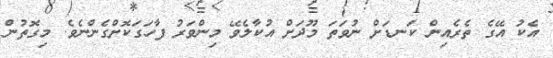
އެކު އޭގެ ތެރެއިން ކަނޑަށް ނުވަތަ މޫދަށް އުކާލެވޭ މިންވަރު ފާހަގަކޮށްގެންނެވެ. މިގޮތުން